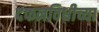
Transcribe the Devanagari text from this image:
दफनविधीच्या